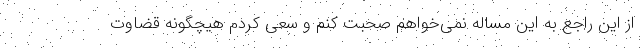
از این راجع به این مساله نمی‌خواهم صحبت کنم و سعی کردم هیچگونه قضاوت